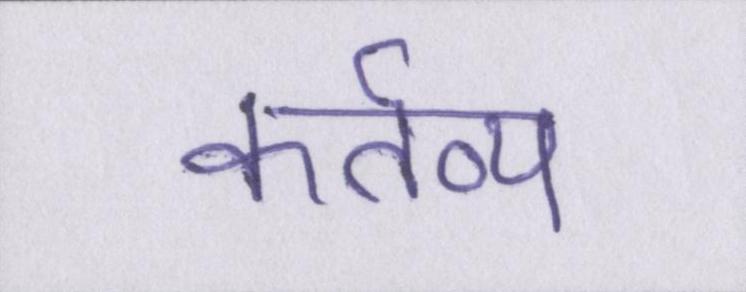
कर्तव्य